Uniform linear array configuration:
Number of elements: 8
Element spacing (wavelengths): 0.5
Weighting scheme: blackman
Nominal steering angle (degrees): -15
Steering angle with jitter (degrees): -16.573
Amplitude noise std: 0.05
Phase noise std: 0.05

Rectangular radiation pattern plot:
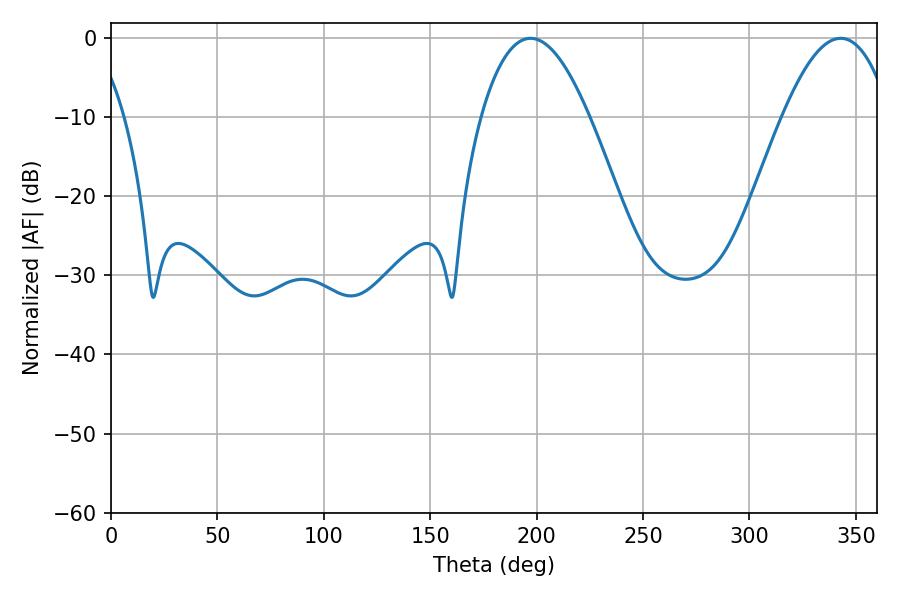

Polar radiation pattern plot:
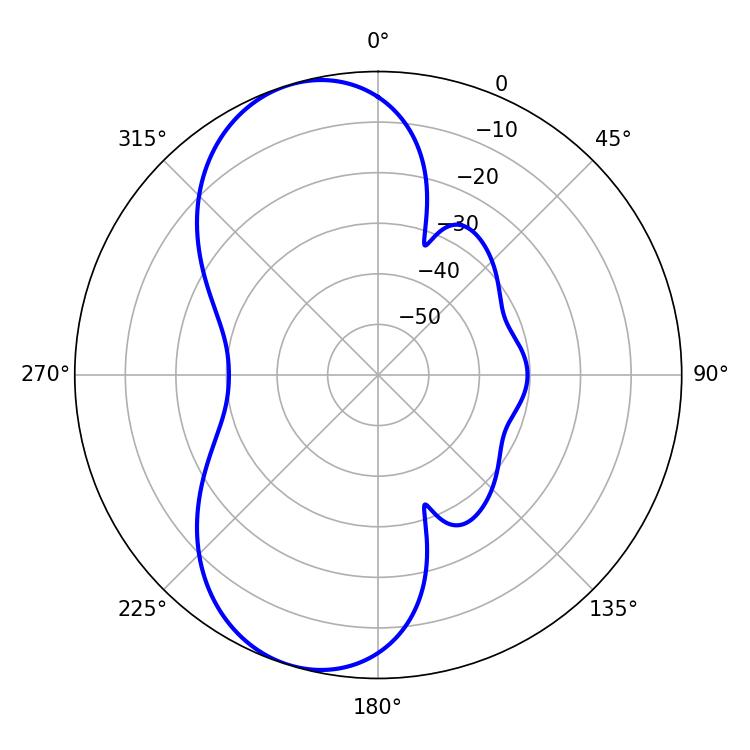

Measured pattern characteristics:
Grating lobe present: FALSE
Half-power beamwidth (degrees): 27.9
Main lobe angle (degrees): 342.9